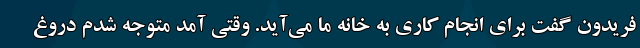
فریدون گفت برای انجام کاری به خانه ما می‌آید. وقتی آمد متوجه شدم دروغ